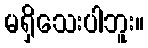
မရှိသေးပါဘူး။